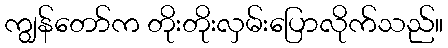
ကျွန်တော်က တိုးတိုးလှမ်းပြောလိုက်သည်။